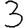
Digit: 3